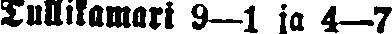
Tullikamari 9—1 ja 4—7